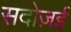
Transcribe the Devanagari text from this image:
सदोज़ई